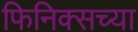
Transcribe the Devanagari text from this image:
फिनिक्सच्या